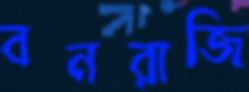
বনরাজি